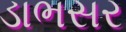
ડાભસર